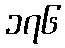
၁၇၆